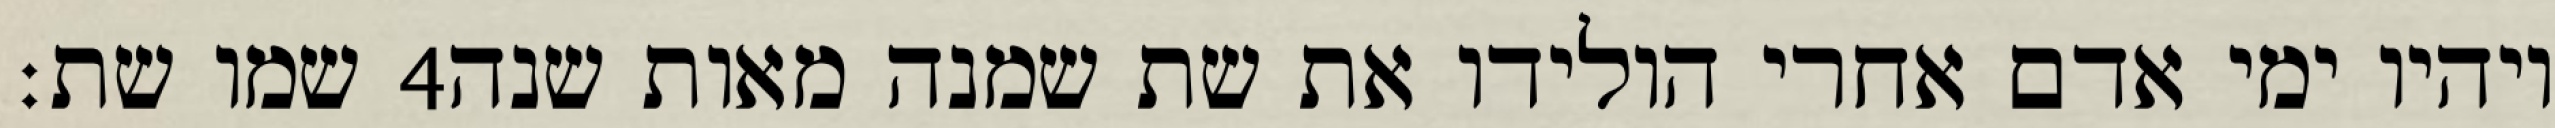
שמו שת׃ ‎4‏ ויהיו ימי אדם אחרי הולידו את שת שמנה מאות שנה